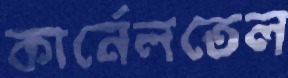
কার্নেলতেল